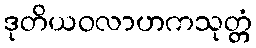
ဒုတိယဝလာဟကသုတ္တံ